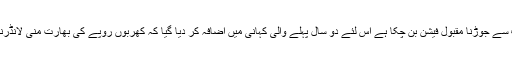
آج کل چونکہ ہرا لزام یا جرم کا رشتہ نواز شریف سے جوڑنا مقبول فیشن بن چکا ہے اس لئے دو سال پہلے والی کہانی میں اضافہ کر دیا گیا کہ کھربوں روپے کی بھارت منی لانڈرنگ میاں نواز شریف اور ان کے ساتھیوں نے کی۔